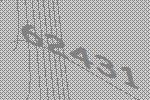
62431